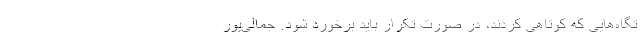
تگاه‌هایی که کوتاهی کردند، در صورت تکرار باید برخورد شود. جمالی‌پور